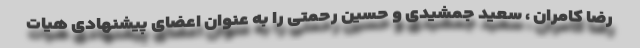
رضا کامران ، سعید جمشیدی و حسین رحمتی را به عنوان اعضای پیشنهادی هیات